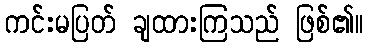
ကင်းမပြတ် ချထားကြသည် ဖြစ်၏။